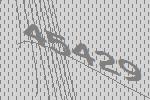
45429